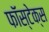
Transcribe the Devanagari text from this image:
फॉस्टेक्स